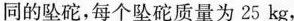
同的坠砣，每个坠砣质量为25kg，